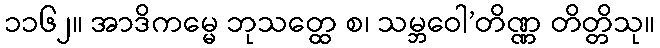
၁၁၆၂။ အာဒိကမ္မေ ဘုသတ္ထေ စ၊ သမ္ဘဝေါ’တိဏ္ဏ တိတ္တိသု။